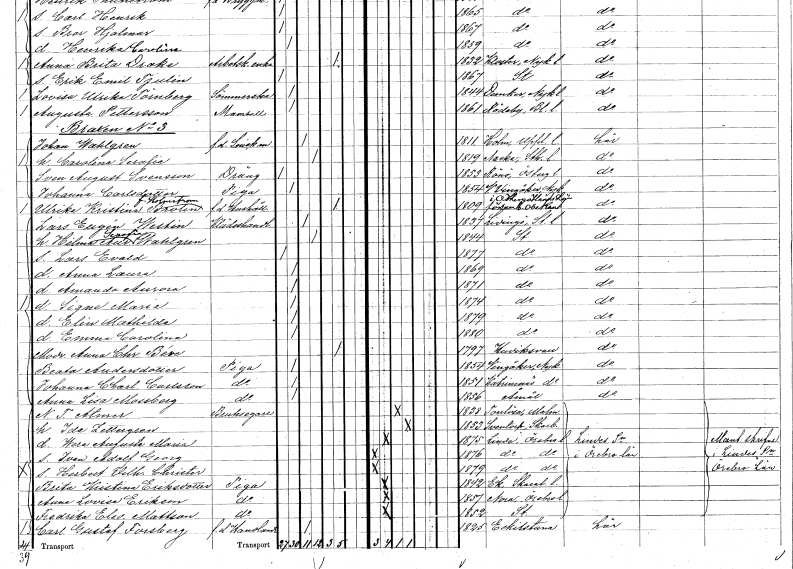
gt_parse: households: individuals: FN: Lars Eugén
EN: Westin
YRKE: Klädeshandlare
KON: M
CIV: G
FODAR: 1837
FODFORS: Lidingö Stockholms län
FN: Hilma Aurora Serafia
EN: Wahlgren
KON: K
CIV: G
FODAR: 1844
FODFORS: Stockholm
FN: Lars Evald
KON: M
CIV: O
FODAR: 1877
FODFORS: Stockholm
FN: Anna Laura
KON: K
CIV: O
FODAR: 1869
FODFORS: Stockholm
FN: Amanda Aurora
KON: K
CIV: O
FODAR: 1871
FODFORS: Stockholm
FN: Signe Maria
KON: K
CIV: O
FODAR: 1874
FODFORS: Stockholm
FN: Elin Mathilda
KON: K
CIV: O
FODAR: 1879
FODFORS: Stockholm
FN: Emma Carolina
KON: K
CIV: O
FODAR: 1880
FODFORS: Stockholm
FN: Anna Christina
EN: Béve
KON: K
CIV: E
FODAR: 1797
FODFORS: Hudiksvall Gävleborgs län
FN: Beata
EN: Andersdotter
YRKE: Piga
KON: K
CIV: O
FODAR: 1854
FODFORS: Vingåker Södermanlands län
FN: Johanna Charlotta
EN: Carlsson
YRKE: Piga
KON: K
CIV: O
FODAR: 1851
FODFORS: Katrinenäs Södermanlands län
FN: Anna Lisa
EN: Mossberg
YRKE: Piga
KON: K
CIV: O
FODAR: 1856
FODFORS: Åmål Älvsborgs län
FN: N. T.
EN: Atmer
YRKE: Bruksägare
KON: M
CIV: G
FODAR: 1838
FODFORS: Torrlösa Malmöhus län
FN: Ida
EN: Zettergren
KON: K
CIV: G
FODAR: 1853
FODFORS: Sventorp Skaraborgs län
FN: Wera Augusta Maria
KON: K
CIV: O
FODAR: 1875
FODFORS: Linde bergsförsamling Örebro län
FN: Ivan Adolf Georg
KON: M
CIV: O
FODAR: 1876
FODFORS: Linde bergsförsamling Örebro län
FN: Herbert Vilhelm Christer
KON: M
CIV: O
FODAR: 1879
FODFORS: Linde bergsförsamling Örebro län
FN: Brita Kristina
EN: Eriksdotter
YRKE: Piga
KON: K
CIV: O
FODAR: 1842
FODFORS: Ek Skaraborgs län
FN: Anna Lovisa
EN: Erikson
YRKE: Piga
KON: K
CIV: O
FODAR: 1857
FODFORS: Nora Örebro län
FN: Fredrika Eleonora
EN: Mattson
YRKE: Piga
KON: K
CIV: O
FODAR: 1852
FODFORS: Stockholm
FN: Carl Gustaf
EN: Forsberg
YRKE: Handlande f.d.
KON: M
CIV: G
FODAR: 1825
FODFORS: Eskilstuna Södermanlands län